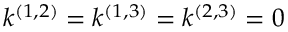
k ^ { ( 1 , 2 ) } = k ^ { ( 1 , 3 ) } = k ^ { ( 2 , 3 ) } = 0